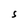
Character: S